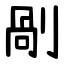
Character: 剮